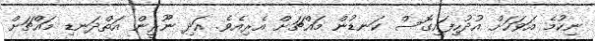
ނިކުމެ އަވަހަށް އުދުހިފައިގޮސް ކަނޑުން މައްޗަށް އެރިއެވެ. އަދި ނޫރީން އަތްދަނޑި މައްޗަށް